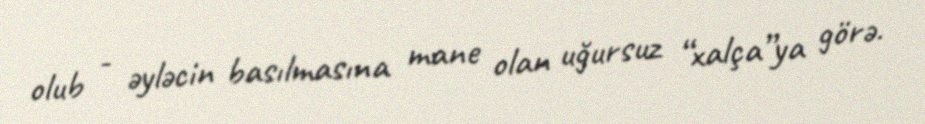
olub - əyləcin basılmasına mane olan uğursuz “xalça”ya görə.